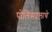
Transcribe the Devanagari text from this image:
पोलिसदलाचे